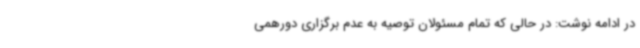
در ادامه نوشت: در حالی که تمام مسئولان توصیه به عدم برگزاری دورهمی